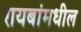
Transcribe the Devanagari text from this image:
रायबांमधील